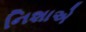
નિશાએ